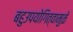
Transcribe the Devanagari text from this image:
बहुउपयोगित्वामुळे